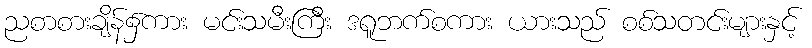
ညစာစားချိန်၌ကား မင်းသမီးကြီး ဒရူဘက်စကား ယားသည် စစ်သတင်းများနှင့်